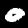
Label: 0